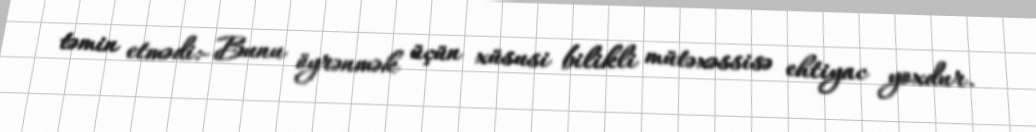
təmin etmədi:- Bunu öyrənmək üçün xüsusi bilikli mütəxəssisə ehtiyac yoxdur.